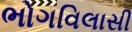
ભોગવિલાસી